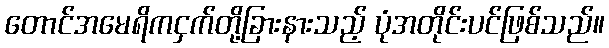
တောင်အမေရိကငှက်တို့ခြားနားသည့် ပုံအတိုင်းပင်ဖြစ်သည်။